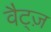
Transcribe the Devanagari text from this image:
वैट्ज़